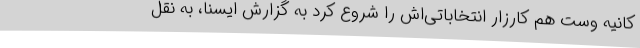
کانیه وست هم کارزار انتخاباتی‌اش را شروع کرد به گزارش ایسنا، به نقل